Civil Veterinary Dept. Bombay admin report 1914-1922 - 1914-1922
Year: 1914
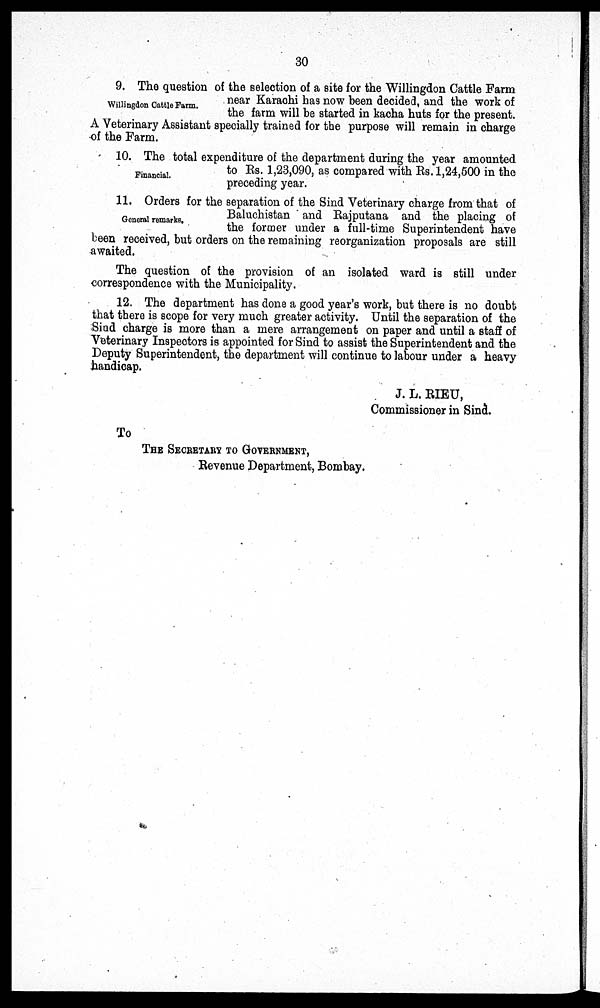
30
Willingdon Cattle Farm.
9. The question of the selection of a site for the Willingdon Cattle Farm
near Karachi has now been decided, and the work of
the farm will be started in kacha huts for the present.
A Veterinary Assistant specially trained for the purpose will remain in charge
of the Farm.
Financial.
10. The total expenditure of the department during the year amounted
to Rs. 1,23,090, as compared with Rs.1,24,500 in the
preceding year.
General remarks.
11. Orders for the separation of the Sind Veterinary charge from that of
Baluchistan and Rajputana and the placing of
the former under a full-time Superintendent have
been received, but orders on the remaining reorganization proposals are still
awaited.
The question of the provision of an isolated ward is still under
correspondence with the Municipality.
12. The department has done a good year's work, but there is no doubt
that there is scope for very much greater activity. Until the separation of the
Sind charge is more than a mere arrangement on paper and until a staff of
Veterinary Inspectors is appointed for Sind to assist the Superintendent and the
Deputy Superintendent, the department will continue to labour under a heavy
handicap.
J. L. RIEU,
Commissioner in Sind.
To
THE SECRETARY TO GOVERNMENT,
Revenue Department, Bombay.